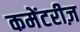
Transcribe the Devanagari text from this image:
कमेंटरीज़